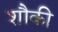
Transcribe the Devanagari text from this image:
शौकी